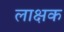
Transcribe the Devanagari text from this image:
लाक्षक